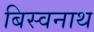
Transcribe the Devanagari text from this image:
बिस्वनाथ